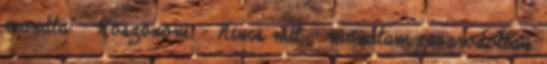
mondta: - Köszönöm. - Nincs mit. – mondtam zavarodottan.